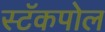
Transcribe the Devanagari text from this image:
स्टॅकपोल